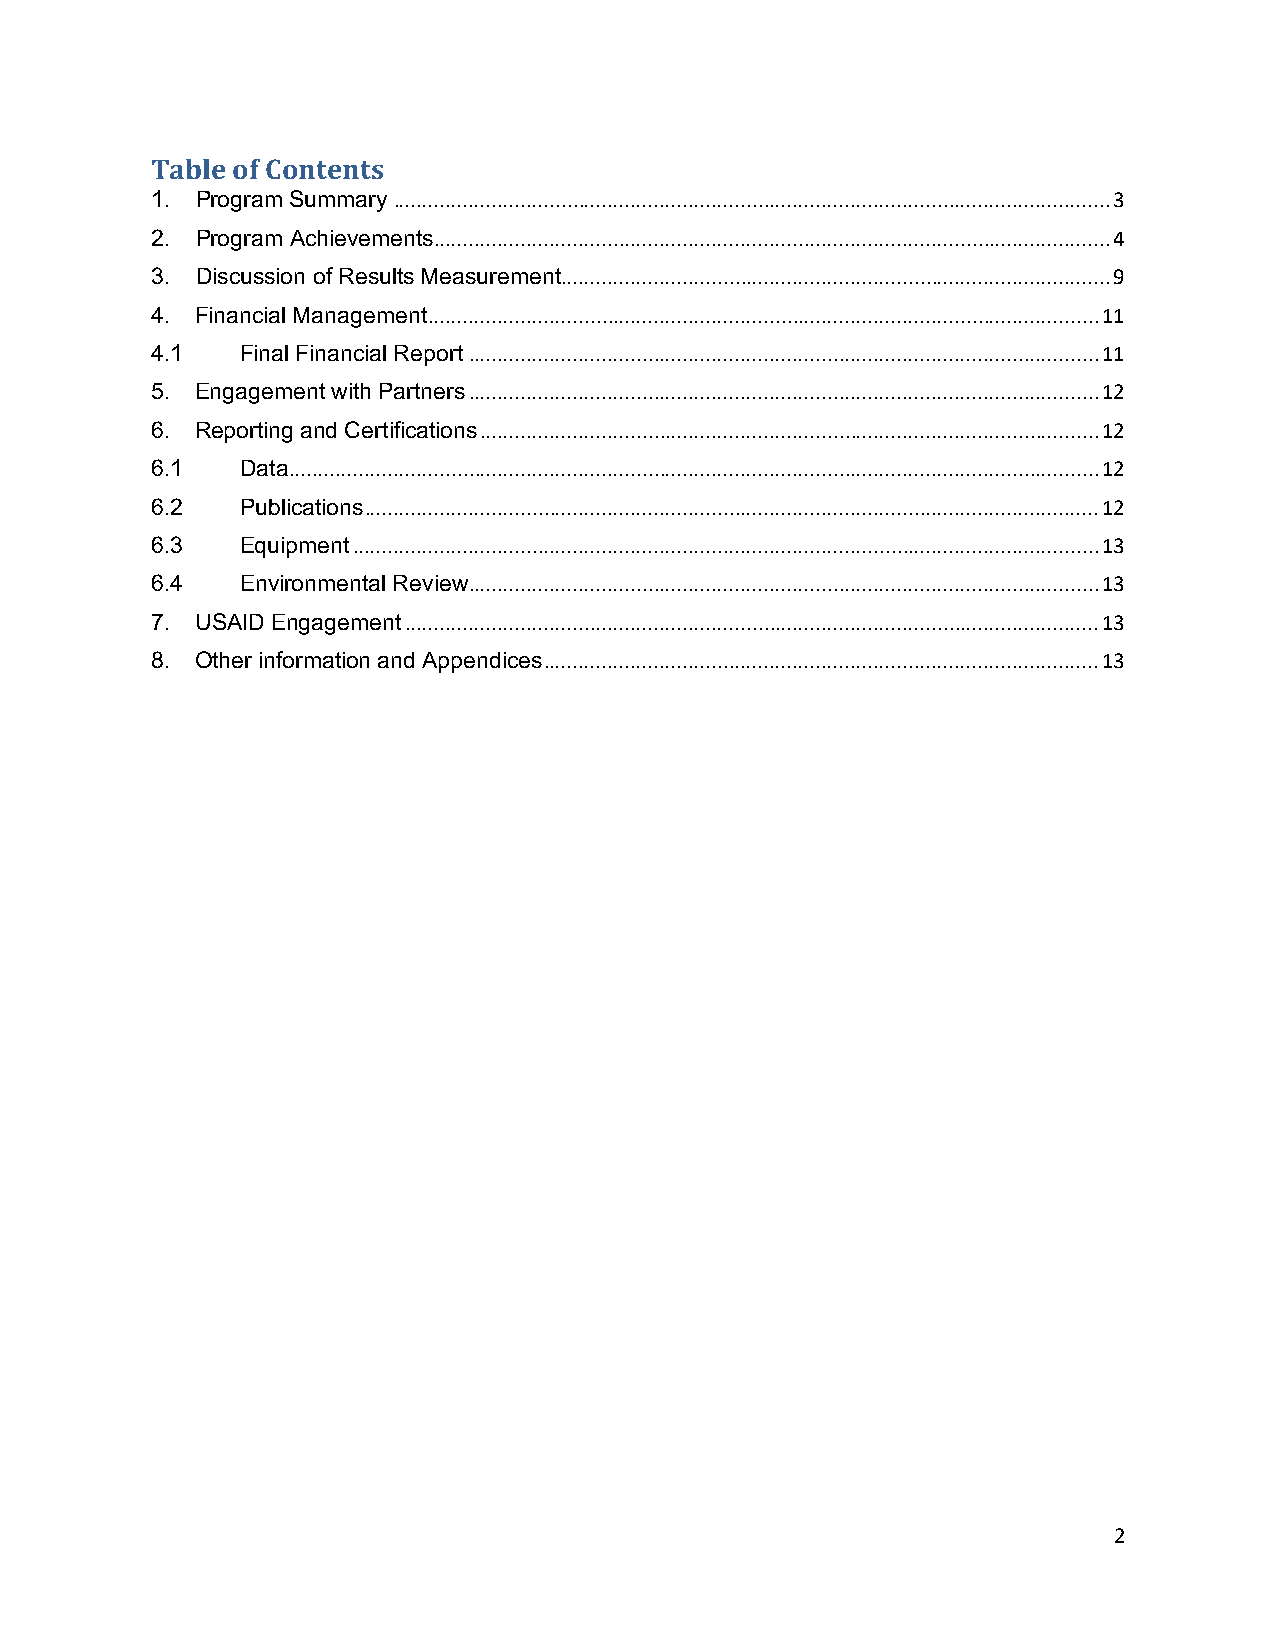
Table of Contents
 1. Program Summary ............................................................................................................................ 3
 2. Program Achievements ..................................................................................................................... 4
 3. Discussion of Results Measurement ............................................................................................... 9
 4. Financial Management .................................................................................................................... 11
 4.1   Final Financial Report ............................................................................................................. 11
 5. Engagement with Partners ............................................................................................................. 12
 6. Reporting and Certifications ........................................................................................................... 12
 6.1   Data ............................................................................................................................................ 12
 6.2   Publications ............................................................................................................................... 12
 6.3   Equipment ................................................................................................................................. 13
 6.4   Environmental Review ............................................................................................................. 13
 7. USAID Engagement ........................................................................................................................ 13
 8. Other information and Appendices ................................................................................................ 13
 2